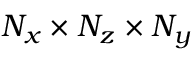
N _ { x } \times N _ { z } \times N _ { y }